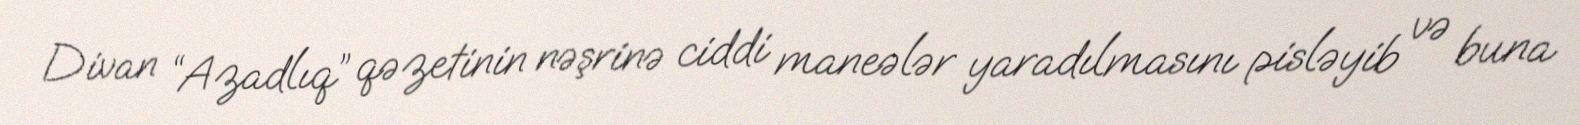
Divan “Azadlıq” qəzetinin nəşrinə ciddi maneələr yaradılmasını pisləyib və buna